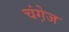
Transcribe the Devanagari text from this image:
चंगे़ज